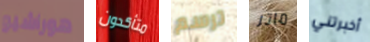
هوراشيو متأكدون ترسم ماتر أخبرتني